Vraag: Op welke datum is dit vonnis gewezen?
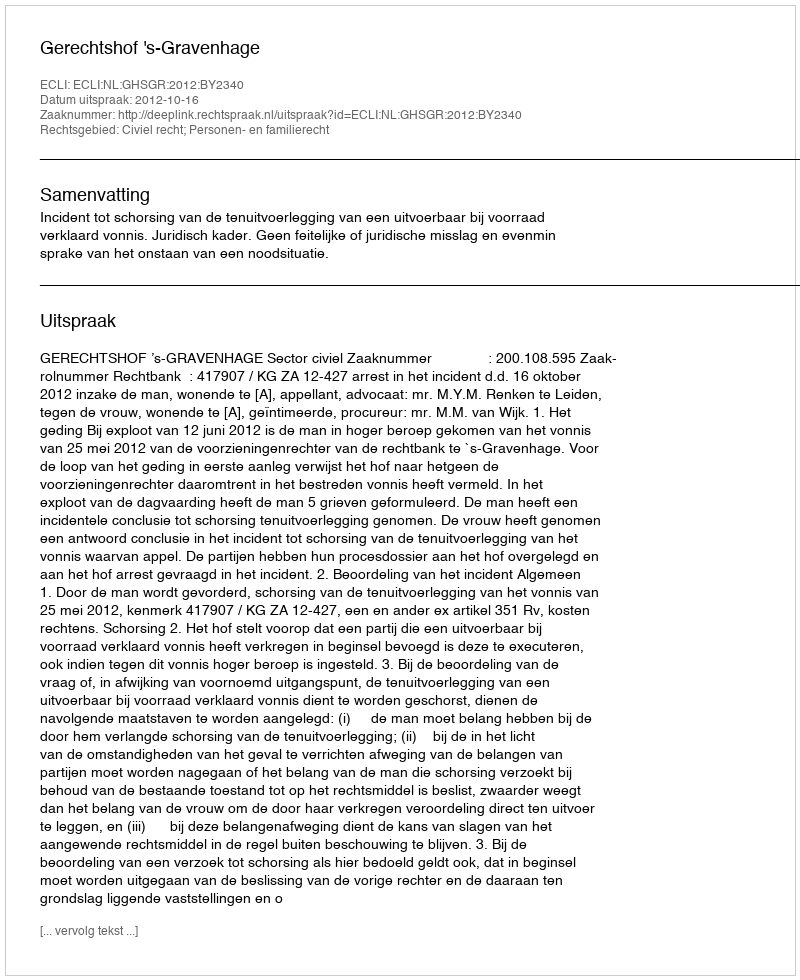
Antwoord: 2012-10-16